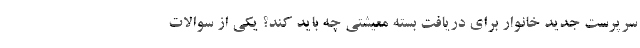
سرپرست جدید خانوار برای دریافت بسته معیشتی چه باید کند؟ یکی از سوالات